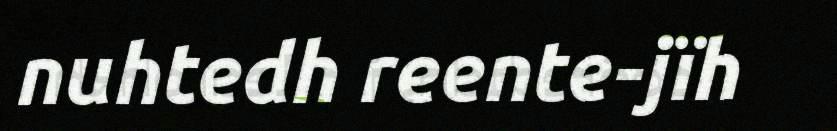
nuhtedh reente-jïh